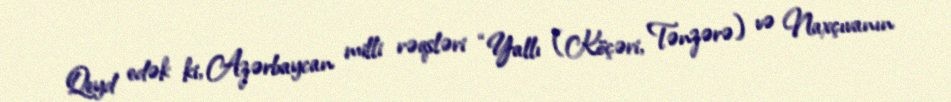
Qeyd edək ki, Azərbaycan milli rəqsləri “Yallı (Köçəri, Tənzərə) və Naxçıvanın